Leaving Certificate, 1898
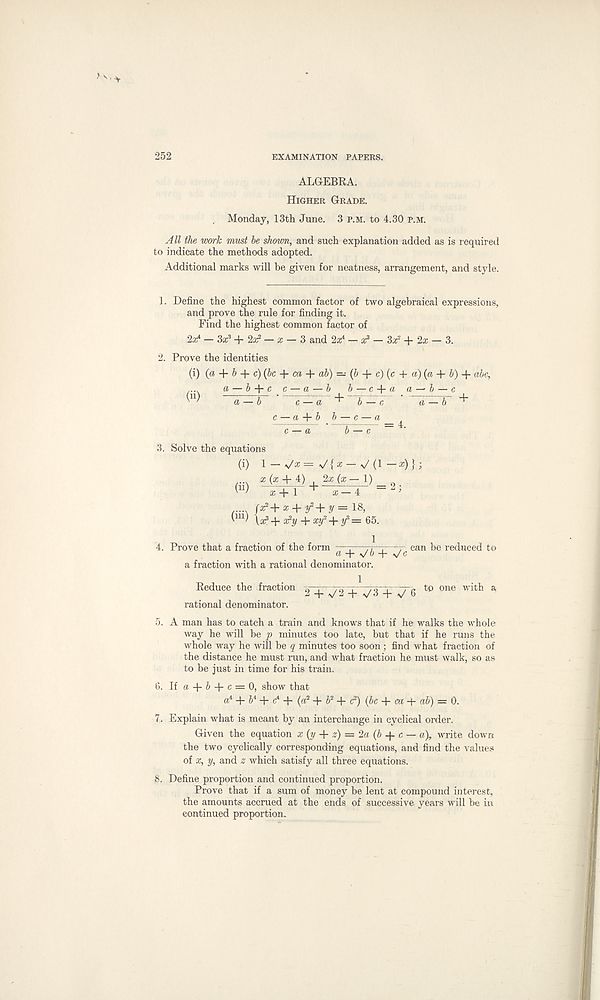
252
EXAMINATION PAPERS.
ALGEBRA.
Higher Grade.
Monday, 13th June. 3 p.m. to 4.30 p.m.
All the work must be shown, and such explanation added as is required
to indicate the methods adopted.
Additional marks will be given for neatness, arrangement, and style.
1. Define the highest common factor of two algebraical expressions,
and prove the rule for finding it.
Find the highest common factor of
2a^ — 3a: 3 + 2£e 2 — a; — 3 and 2a; 4 — a? 1 — 3a? + 2a; — 3.
2. Prove the identities
(i) (a, b c) (be ca ah) — (b c) (c a) (a b) abc,
.... a — b c c — a — b b — c + a a — b — c
^
a — b
c — a
b — c
a — b
c — a b b — c — a
c — a
b — c ~ '
3. Solve the equations
(i) 1 — >/a; = V { a; — V (1 — a;) } ;
^ x(x + 4:) + 2x (x— 1)
+1 ^ x-4
..... fx 2 + x + y = is,
\ a a +a ?y + x f + 65.
4. Prove that a fraction of the form —j—ri-~. . can be reduced to
a + VO + vc
a fraction with a rational denominator.
Reduce the fraction 2 ^- ^2 -fr-^3 -f ^ 6 t0 orie
a
rational denominator.
5. A man has to catch a train and knows that if he walks the whole
way he will be p minutes too late, but that if he runs the
whole way he will be q minutes too soon ; find what fraction of
the distance he must run, and what fraction he must walk, so as
to be just in time for his train.
6. If a + 6 + c = 0, show that
a 4 + 6 4 + c 4 + (a 2 + J 2 + c 2 ) (5c + ciz -j- ah) = 0.
7. Explain what is meant by an interchange in cyclical order.
Given the equation x (y z) = Za (b + c — a), write down
the two cyclically corresponding equations, and find the values
of x, y, and 2 which satisfy all three equations.
8. Define proportion and continued proportion.
Prove that if a sum of money be lent at compound interest,
the amounts accrued at the ends of successive years will be in
continued proportion.